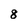
Character: 8